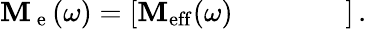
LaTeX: \mathbf{M}_{\mathrm{~e~}}(\omega)=\left[\begin{array}{lllll}{\mathbf{M}_{\mathrm{eff}}(\omega)}&{}&{}&{}&{}\end{array}\right]\, .